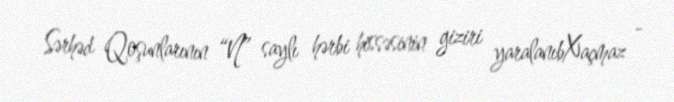
Sərhəd Qoşunlarının “N” saylı hərbi hissəsinin giziri yaralanıbXaçmaz -